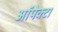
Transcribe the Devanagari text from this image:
ऑपेक्टा